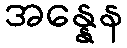
အန္နေန